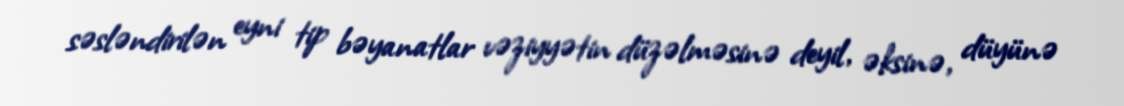
səsləndirilən eyni tip bəyanatlar vəziyyətin düzəlməsinə deyil, əksinə, düyünə